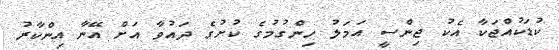
ކުޑަކުއްޖަކާ އެކު ޖިންސީ އަމަލު ހިންގުމުގެ ކުށުގެ ދައުވާ އަށް އޭނާ އިންކާރު